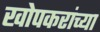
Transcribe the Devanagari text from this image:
खोपकरांच्या